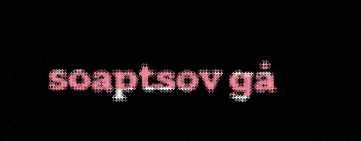
soaptsov gå